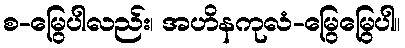
စ-မြွေပါလည်း၊ အဟိနကုလံ-မြွေမြွေပါ။